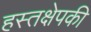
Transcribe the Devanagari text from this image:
हस्तक्षेपकी